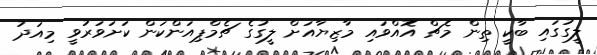
ލީގުގައި ބާކީ ތިން މެޗް އޮއްވައި މާޒިޔާއަށް ލީގުގެ ޗެމްޕިއަންކަން ކަށަވަރުވީ މިއަދު